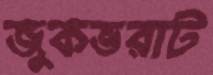
জুকভরাট